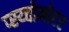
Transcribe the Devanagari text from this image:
प्स्य्चोमोटर